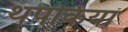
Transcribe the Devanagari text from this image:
थपकियां